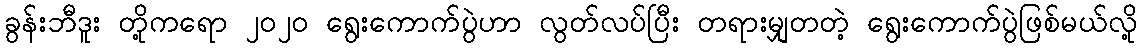
ခွန်းဘီဒူး တို့ကရော ၂၀၂၀ ရွေးကောက်ပွဲဟာ လွတ်လပ်ပြီး တရားမျှတတဲ့ ရွေးကောက်ပွဲဖြစ်မယ်လို့